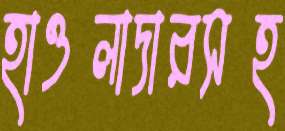
হাওলাদারসহ